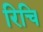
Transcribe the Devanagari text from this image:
रिचि